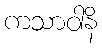
ကသာဝါနိ